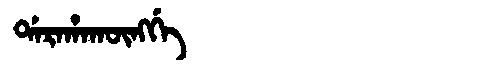
Manchu: ᡩᠠᡵᠠᡥᠠᡴᡡᠩᡤᡝ
Romanization: DARAHAKŪNGGE